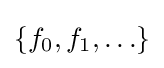
\{f_{0},f_{1},\ldots \}